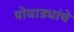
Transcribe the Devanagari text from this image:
पोवाड्यांचेे